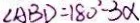
\angle A B D = 1 8 0 ^ { 2 } - 3 \alpha